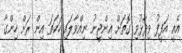
އެއީ އަފީފު ވިދާޅުވި ގޮތަށް އިންޖީނު ނިއްވާލައި ހަކަތަ އިން ރަށް ހިންގާ